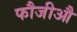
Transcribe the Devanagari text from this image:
फौजीऔ